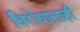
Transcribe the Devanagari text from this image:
विरोधालाही